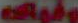
وفواكه